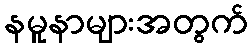
နမူနာများအတွက်